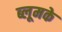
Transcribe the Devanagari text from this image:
ब्लूमके